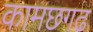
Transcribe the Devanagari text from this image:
कामछगढ